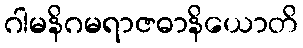
ဂါမနိဂမရာဇဓာနိယောတိ